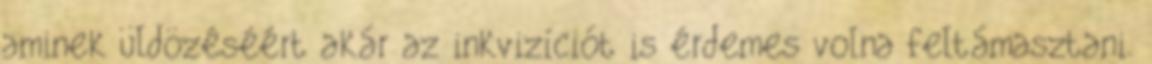
aminek üldözéséért akár az inkvizíciót is érdemes volna feltámasztani.